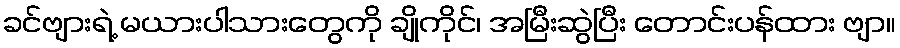
ခင်ဗျားရဲ့ မယားပါသားတွေကို ချိုကိုင်၊ အမြီးဆွဲပြီး တောင်းပန်ထား ဗျာ။